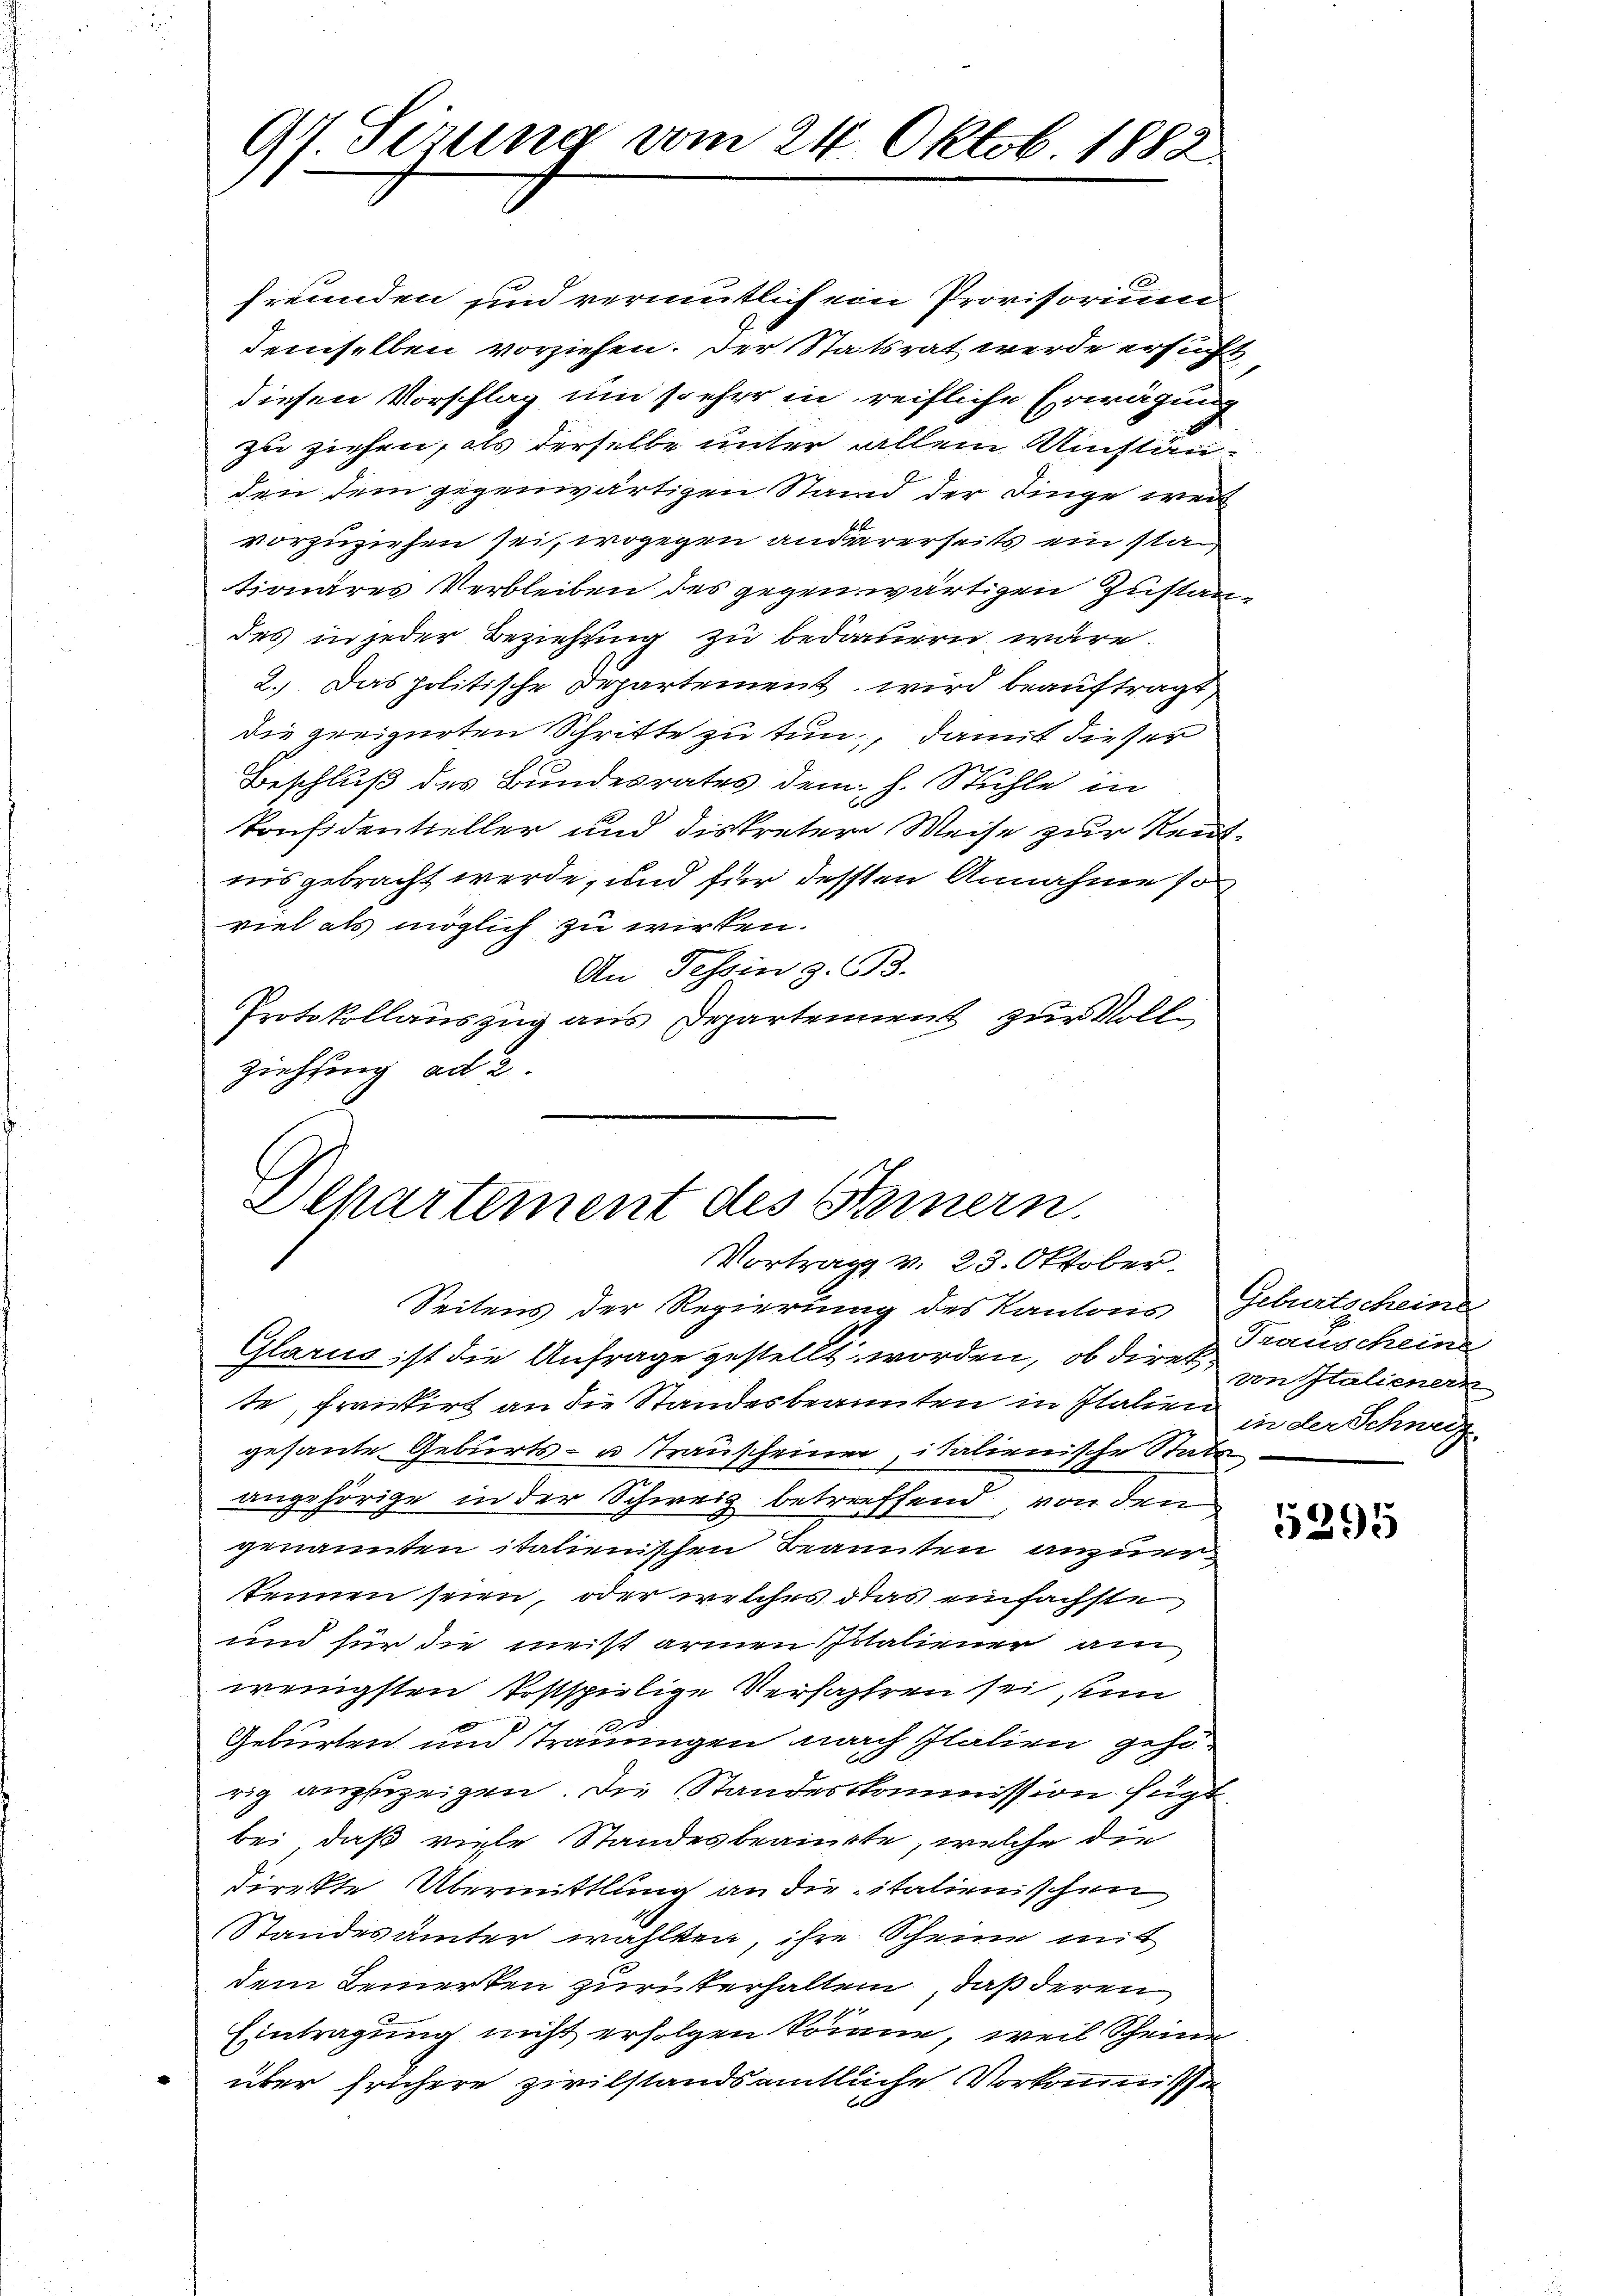
97. Sitzung vom 24. Oktob. 1882.

freunden und vermutlich ein Provisorium
demselben vorziehen. Der Statsrat werde ersucht
diesen Vorschlag und so eher in reifliche Erwägung
zu ziehen, als derselbe unter allein Umständen dem gegenwärtigen Stand der Dinge weil
vorzuziehen sei, wogegen andererseits ein sta
tionäres Verbleiben des gegenwärtigen Zustandes in jeder Beziehung zu bedauern wäre.
2.) Das politische Departement, wird beauftragt
die greizerten Schritte zu tun, damit dieser
Beschluß des Bundesrates dem h. Stühle in
Konsidentieller und diskreter Weise zur Reutnis gebracht werde, und für dessten Annahme so
viel als möglich zu wirken.
An Tessin z. B.
Protokollauszug aus Departement zur Voll
ziehung ad 2

Departement des Steinern.
Vortrag v. 23. Oktober.

Seitens der Regierung des Kantons
Glarus ist die Anfrage gestellt worden, ob diret von Italienern
te, frankirt an die Standesbeanten in Italien
gesante Geburts- u Stranscheiner, italienische Statu
angehörige in der Schweiz betreffend, von den
genannten italienischen Beanten anzuerkennen seien, oder welches das einfachste,
und für die meist armen spitaliener am
wenigsten Postspielige Verfahren sei, un
Geburten und trauungen nach Italien gehörig anzuzeigen. Die Standeskommission fügt
bei, daß viele Standesbeamte, welche die
Direkte Übermittlung an die italienischen
Standesämter wählten, ihre Scheine mit
dem Bemerken zur Verhalten, daß deren
Eintragung nicht erfolgen könne, weil Scheine
über frühere zivilstandsamtliche Vorkommission

Geburtscheine
Transcheine
in der Schweiz.

5295